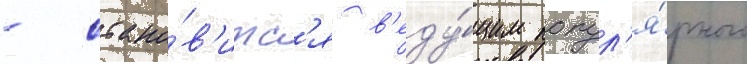
- стано́в'итс'я в'еду́щим попул'я́рного